Indian journal of veterinary science and animal husbandry - Volume 11,
Year: 1941
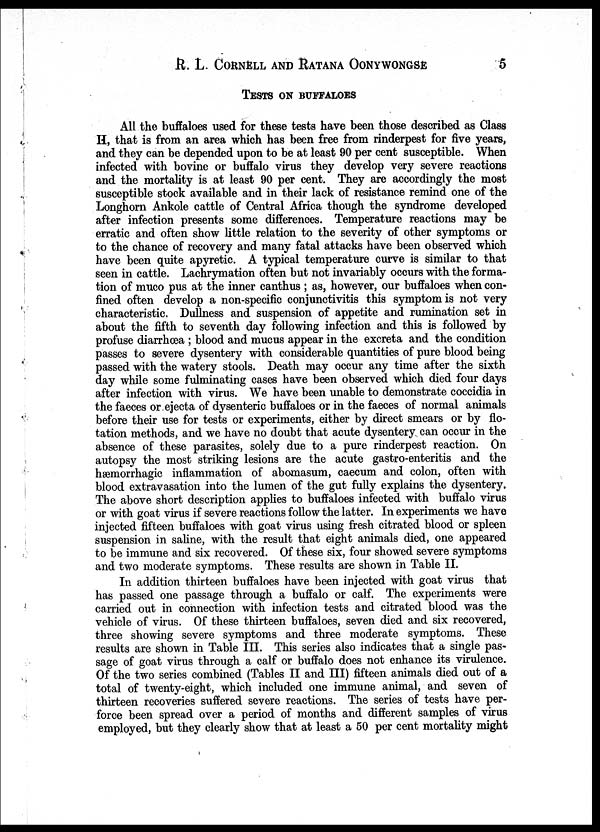
R . L. CORNELL AND RATANA OONYWONGSE 5
TESTS ON BUFFALOES
All the buffaloes used for these tests have been those described as Class
H, that is from an area which has been free from rinderpest for five years,
and they can be depended upon to be at least 90 per cent susceptible. When
infected with bovine or buffalo virus they develop very severe reactions
and the mortality is at least 90 per cent. They are accordingly the most
susceptible stock available and in their lack of resistance remind one of the
Longhorn Ankole cattle of Central Africa though the syndrome developed
after infection presents some differences. Temperature reactions may be
erratic and often show little relation to the severity of other symptoms or
to the chance of recovery and many fatal attacks have been observed which
have been quite apyretic. A typical temperature curve is similar to that
seen in cattle. Lachrymation often but not invariably occurs with the forma-
tion of muco pus at the inner canthus ; as, however, our buffaloes when con-
fined often develop a non-specific conjunctivitis this symptom is not very
characteristic. Dullness and suspension of appetite and rumination set in
about the fifth to seventh day following infection and this is followed by
profuse diarrhœa ; blood and mucus appear in the excreta and the condition
passes to severe dysentery with considerable quantities of pure blood being
passed with the watery stools. Death may occur any time after the sixth
day while some fulminating cases have been observed which died four days
after infection with virus. We have been unable to demonstrate coccidia in
the faeces or ejecta of dysenteric buffaloes or in the faeces of normal animals
before their use for tests or experiments, either by direct smears or by flo-
tation methods, and we have no doubt that acute dysentery can occur in the
absence of these parasites, solely due to a pure rinderpest reaction. On
autopsy the most striking lesions are the acute gastro-enteritis and the
hæmorrhagic inflammation of abomasum, caecum and colon, often with
blood extravasation into the lumen of the gut fully explains the dysentery.
The above short description applies to buffaloes infected with buffalo virus
or with goat virus if severe reactions follow the latter. In experiments we have
injected fifteen buffaloes with goat virus using fresh citrated blood or spleen
suspension in saline, with the result that eight animals died, one appeared
to be immune and six recovered. Of these six, four showed severe symptoms
and two moderate symptoms. These results are shown in Table II.
In addition thirteen buffaloes have been injected with goat virus that
has passed one passage through a buffalo or calf. The experiments were
carried out in connection with infection tests and citrated blood was the
vehicle of virus. Of these thirteen buffaloes, seven died and six recovered,
three showing severe symptoms and three moderate symptoms. These
results are shown in Table III. This series also indicates that a single pas-
sage of goat virus through a calf or buffalo does not enhance its virulence.
Of the two series combined (Tables II and III) fifteen animals died out of a
total of twenty-eight, which included one immune animal, and seven of
thirteen recoveries suffered severe reactions. The series of tests have per-
force been spread over a period of months and different samples of virus
employed, but they clearly show that at least a 50 per cent mortality might